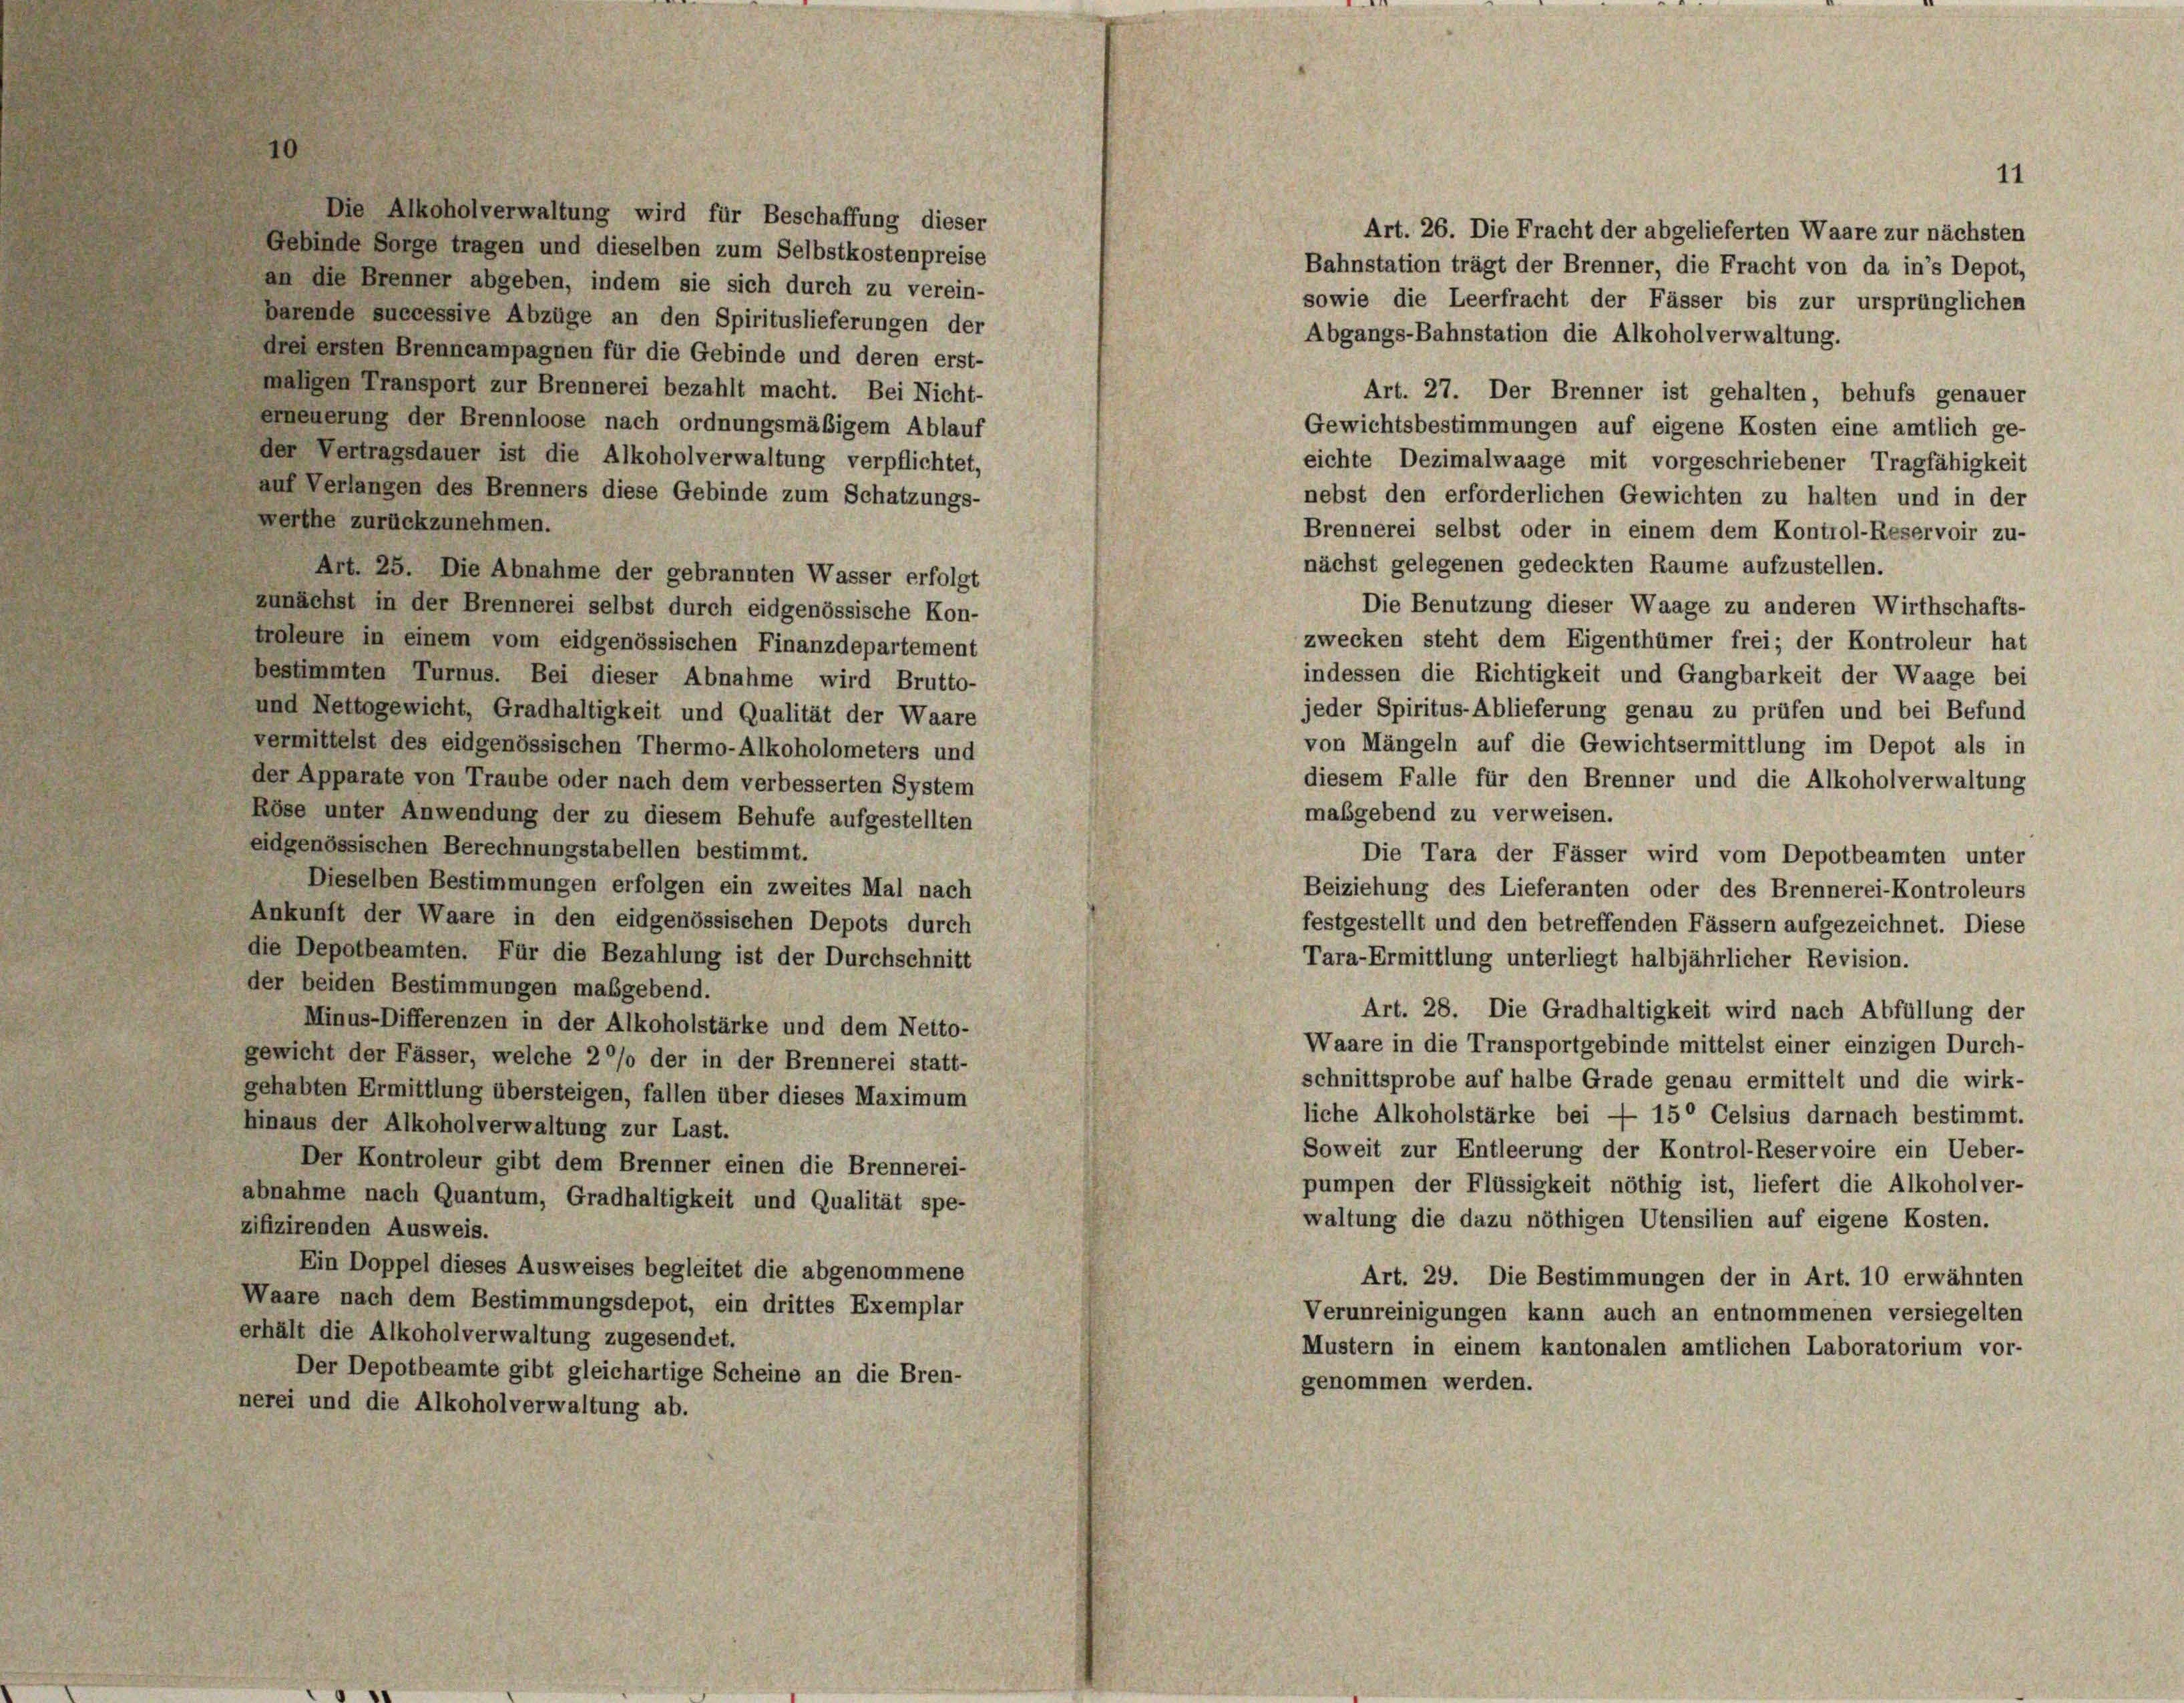
Die Alkoholverwaltung wird für Beschaffung dieser
Gebinde Sorge tragen und dieselben zum Selbstkostenpreise

11

an die Brenner abgeben, indem sie sich durch zu verein-
barende successive Abzüge an den Spirituslieferungen der
drei ersten Brenncampagnen für die Gebinde und deren erst-
maligen Transport zur Brennerei bezahlt macht. Bei Nicht-
Art. 27. Der Brenner ist gehalten, behufs genauer
erneuerung der Brennloose nach ordnungsmäßigem Ablauf
Gewichtsbestimmungen auf eigene Kosten eine amtlich ge-
der Vertragsdauer ist die Alkoholverwaltung verpflichtet,
eichte Dezimalwaage mit vorgeschriebener Tragfähigkeit
auf Verlangen des Brenners diese Gebinde zum Schatzungs-
nebst den erforderlichen Gewichten zu halten und in der
werthe zurückzunehmen.
Brennerei selbst oder in einem dem Kontrol-Reservoir zu-
nächst gelegenen gedeckten Raume aufzustellen.
Art. 25. Die Abnahme der gebrannten Wasser erfolgt
Die Benutzung dieser Waage zu anderen Wirthschafts-
zunächst in der Brennerei selbst durch eidgenössische Kon-
zwecken steht dem Eigenthümer frei; der Kontroleur hat
troleure in einem vom eidgenössischen Finanzdepartement
indessen die Richtigkeit und Gangbarkeit der Waage bei
bestimmten Turnus. Bei dieser Abnahme wird Brutto-
jeder Spiritus-Ablieferung genau zu prüfen und bei Befund
und Nettogewicht, Gradhaltigkeit und Qualität der Waare
von Mängeln auf die Gewichtsermittlung im Depot als in
vermittelst des eidgenössischen Thermo-Alkoholometers und
diesem Falle für den Brenner und die Alkoholverwaltung
der Apparate von Traube oder nach dem verbesserten System
maßgebend zu verweisen.
Röse unter Anwendung der zu diesem Behufe aufgestellten
eidgenössischen Berechnungstabellen bestimmt.
Die Tara der Fässer wird vom Depotbeamten unter
Dieselben Bestimmungen erfolgen ein zweites Mal nach
Beiziehung des Lieferanten oder des Brennerei-Kontroleurs
Ankunft der Waare in den eidgenössischen Depots durch
festgestellt und den betreffenden Fässern aufgezeichnet. Diese
die Depotbeamten. Für die Bezahlung ist der Durchschnitt
Tara-Ermittlung unterliegt halbjährlicher Revision.
der beiden Bestimmungen maßgebend.
Art. 28. Die Gradhaltigkeit wird nach Abfüllung der
Minus-Differenzen in der Alkoholstärke und dem Netto-
Waare in die Transportgebinde mittelst einer einzigen Durch-
gewicht der Fässer, welche 20% der in der Brennerei statt-
schnittsprobe auf halbe Grade genau ermittelt und die wirk-
gehabten Ermittlung übersteigen, fallen über dieses Maximum
liche Alkoholstärke bei — 150 Celsius darnach bestimmt.
hinaus der Alkoholverwaltung zur Last.
Soweit zur Entleerung der Kontrol-Reservoire ein Ueber-
Der Kontroleur gibt dem Brenner einen die Brennerei-
pumpen der Flüssigkeit nöthig ist, liefert die Alkoholver-
abnahme nach Quantum, Gradhaltigkeit und Qualität spe-
waltung die dazu nöthigen Utensilien auf eigene Kosten.
zifizirenden Ausweis.
Ein Doppel dieses Ausweises begleitet die abgenommene
Art. 29. Die Bestimmungen der in Art. 10 erwähnten
Waare nach dem Bestimmungsdepot, ein drittes Exemplar
Verunreinigungen kann auch an entnommenen versiegelten
erhält die Alkoholverwaltung zugesendet.
Mustern in einem kantonalen amtlichen Laboratorium vor-
Der Depotbeamte gibt gleichartige Scheine an die Bren-
genommen werden.
nerei und die Alkoholverwaltung ab.

Art. 26. Die Fracht der abgelieferten Waare zur nächsten
Bahnstation trägt der Brenner, die Fracht von da in’s Depot,
sowie die Leerfracht der Fässer bis zur ursprünglichen
Abgangs-Bahnstation die Alkoholverwaltung.